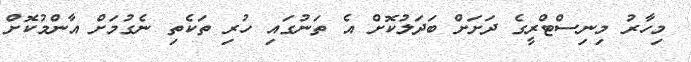
މިހާރު މިނިސްޓްރީގެ ދަށަށް ބަދަލުކޮށް އެ ތަނުގައި ހުރި ތަކެތި ނެގުމަށް އާންމުކޮށް